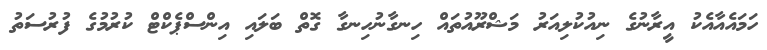
ހަމައެއާއެކު އީރާނުގެ ނިއުކުލިއަރު މަޝްރޫއުތައް ހިނގާނުހިނގާ ގޮތް ބަލައި އިންސްޕެކްޓް ކުރުމުގެ ފުރުސަތު